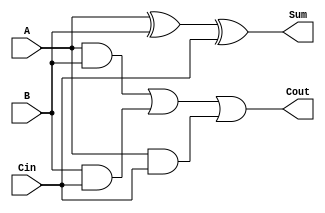
module full_adder (
    input wire A,      // First input bit
    input wire B,      // Second input bit
    input wire Cin,    // Carry-in bit
    output wire Sum,   // Sum output
    output wire Cout   // Carry-out output
);

// Internal wires for intermediate calculations
wire AxorB;         // Intermediate XOR result
wire AandB;         // AND result of A and B
wire BandCin;       // AND result of B and Cin
wire AandCin;       // AND result of A and Cin

// Sum calculation using XOR gates
assign AxorB = A ^ B;          // First XOR gate
assign Sum = AxorB ^ Cin;      // Second XOR gate for final sum

// Carry-out calculation using AND and OR gates
assign AandB = A & B;          // AND gate for A and B
assign BandCin = B & Cin;      // AND gate for B and Cin
assign AandCin = A & Cin;      // AND gate for A and Cin

// Carry-out is the OR of the three AND gates
assign Cout = AandB | BandCin | AandCin; // Final carry-out

endmodule